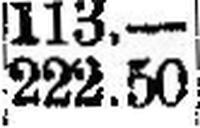
222.50